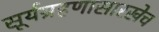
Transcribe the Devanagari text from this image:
सूर्यग्रहणासारखेच